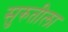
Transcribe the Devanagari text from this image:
सुरुतीला